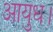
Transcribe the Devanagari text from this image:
आयुध।